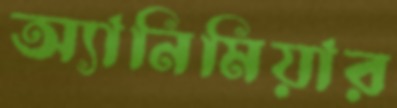
অ্যানিমিয়ার